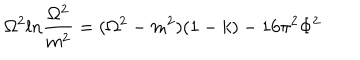
\Omega ^ { 2 } l n { \frac { \Omega ^ { 2 } } { m ^ { 2 } } } = ( \Omega ^ { 2 } - m ^ { 2 } ) ( 1 - k ) - 1 6 \pi ^ { 2 } \Phi ^ { 2 }